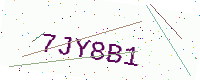
Text: 7JY8B1